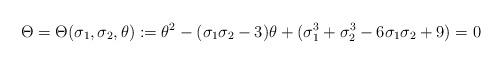
LaTeX: \begin{align*} \Theta = \Theta(\sigma_1, \sigma_2, \theta):= \theta^2 -(\sigma_1\sigma_2 -3)\theta+(\sigma_1^3+\sigma_2^3-6\sigma_1\sigma_2+9) = 0\end{align*}